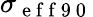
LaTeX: \sigma_{\mathrm{~e~f~f~9~0~}}